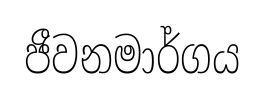
ජීවනමාර්ගය